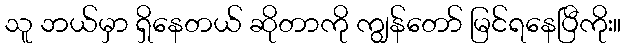
သူ ဘယ်မှာ ရှိနေတယ် ဆိုတာကို ကျွန်တော် မြင်ရနေပြီကိုး။